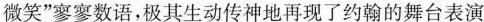
微笑“寥寥数语”，极其生动传神地再现了约翰的舞台表演